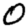
Digit: 0